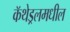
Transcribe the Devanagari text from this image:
कॅथेड्रलमधील